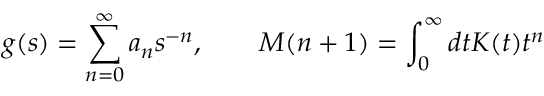
g ( s ) = \sum _ { n = 0 } ^ { \infty } a _ { n } s ^ { - n } , \qquad M ( n + 1 ) = \int _ { 0 } ^ { \infty } d t K ( t ) t ^ { n }